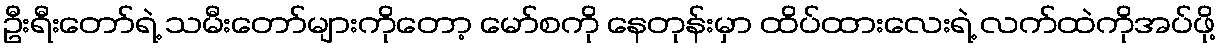
ဦးရီးတော်ရဲ့ သမီးတော်များကိုတော့ မော်စကို နေတုန်းမှာ ထိပ်ထားလေးရဲ့ လက်ထဲကိုအပ်ဖို့